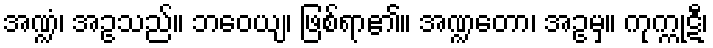
အဏ္ဍံ၊ အဥသည်။ ဘဝေယျ၊ ဖြစ်ရာ၏။ အဏ္ဍတော၊ အဥမှ။ ကုက္ကုဋီ၊